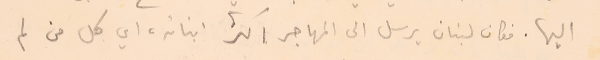
اليها. فكان لبنان يرسل الى المهاجر اكثر ابنائه، اي كل من لم